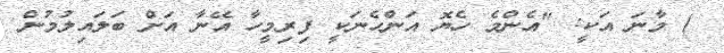
) މާނަ އަކީ: "އެންމެ ހެޔޮ އަންހެނަކީ ފިރިމީހާ އޭނާ އަށް ބަލައިލުމުން